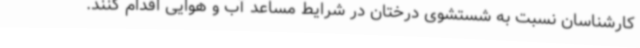
کارشناسان نسبت به شستشوی درختان در شرایط مساعد آب و هوایی اقدام کنند.